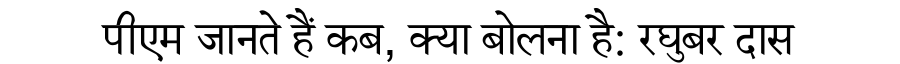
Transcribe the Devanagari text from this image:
पीएम जानते हैं कब, क्या बोलना है: रघुबर दास